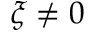
\xi \neq 0